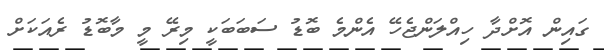
ގައިން އޮށްދާ ހިއްލަންޖެހޭ އެންމެ ބޮޑު ސަބަބަކީ މިރޭ މީ މާބޮޑު ރެއަކަށް